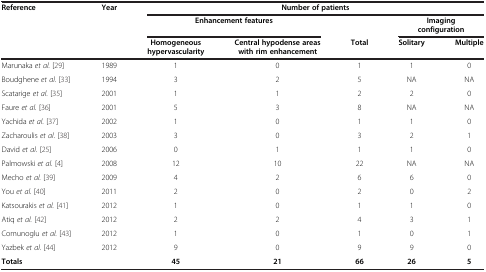
<table><thead><tr><td><b>Reference</b></td><td><b>Year</b></td><td colspan="5"><b>Number of patients</b></td></tr><tr><td><b> </b></td><td><b> </b></td><td colspan="2"><b>Enhancement features</b></td><td><b> </b></td><td colspan="2"><b>Imaging configuration</b></td></tr><tr><td><b> </b></td><td><b> </b></td><td><b>Homogeneous hypervascularity</b></td><td><b>Central hypodense areas with rim enhancement</b></td><td><b>Total</b></td><td><b>Solitary</b></td><td><b>Multiple</b></td></tr></thead><tbody><tr><td>Marunaka <i>et al.</i>[29]</td><td>1989</td><td>1</td><td>0</td><td>1</td><td>1</td><td>0</td></tr><tr><td>Boudghene <i>et al.</i>[33]</td><td>1994</td><td>3</td><td>2</td><td>5</td><td>NA</td><td>NA</td></tr><tr><td>Scatarige <i>et al.</i>[35]</td><td>2001</td><td>1</td><td>1</td><td>2</td><td>2</td><td>0</td></tr><tr><td>Faure <i>et al.</i>[36]</td><td>2001</td><td>5</td><td>3</td><td>8</td><td>NA</td><td>NA</td></tr><tr><td>Yachida <i>et al.</i>[37]</td><td>2002</td><td>1</td><td>0</td><td>1</td><td>1</td><td>0</td></tr><tr><td>Zacharoulis <i>et al.</i>[38]</td><td>2003</td><td>3</td><td>0</td><td>3</td><td>2</td><td>1</td></tr><tr><td>David <i>et al.</i>[25]</td><td>2006</td><td>0</td><td>1</td><td>1</td><td>1</td><td>0</td></tr><tr><td>Palmowski <i>et al.</i>[4]</td><td>2008</td><td>12</td><td>10</td><td>22</td><td>NA</td><td>NA</td></tr><tr><td>Mecho <i>et al.</i>[39]</td><td>2009</td><td>4</td><td>2</td><td>6</td><td>6</td><td>0</td></tr><tr><td>You <i>et al.</i>[40]</td><td>2011</td><td>2</td><td>0</td><td>2</td><td>0</td><td>2</td></tr><tr><td>Katsourakis <i>et al.</i>[41]</td><td>2012</td><td>1</td><td>0</td><td>1</td><td>1</td><td>0</td></tr><tr><td>Atiq <i>et al.</i>[42]</td><td>2012</td><td>2</td><td>2</td><td>4</td><td>3</td><td>1</td></tr><tr><td>Comunoglu <i>et al.</i>[43]</td><td>2012</td><td>1</td><td>0</td><td>1</td><td>0</td><td>1</td></tr><tr><td>Yazbek <i>et al.</i>[44]</td><td>2012</td><td>9</td><td>0</td><td>9</td><td>9</td><td>0</td></tr><tr><td><b>Totals</b></td><td> </td><td><b>45</b></td><td><b>21</b></td><td><b>66</b></td><td><b>26</b></td><td><b>5</b></td></tr></tbody></table>